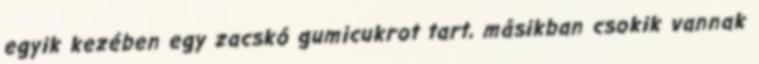
egyik kezében egy zacskó gumicukrot tart, másikban csokik vannak